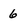
Character: 6